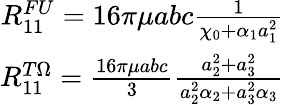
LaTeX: \begin{array}{r}{R_{11}^{FU}=16\pi\mu abc\frac{1}{\chi_{0}+\alpha_{1}a_{1}^{2}}}\\ {R_{11}^{T\Omega}=\frac{16\pi\mu abc}{3}\frac{a_{2}^{2}+a_{3}^{2}}{a_{2}^{2}\alpha_{2}+a_{3}^{2}\alpha_{3}}}\end{array}